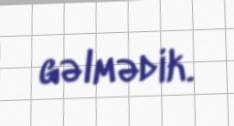
gəlmədik.